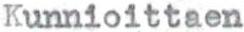
Kunnioittaen